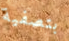
بتصفية